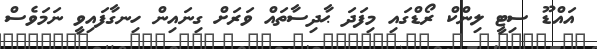
އައްޑޫ ސިޓީ ލިންކް ރޯޑްގައި މިފަދަ ޙާދިސާތައް ވަރަށް ގިނައިން ހިނގާފައިވީ ނަމަވެސް